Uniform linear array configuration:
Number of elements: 48
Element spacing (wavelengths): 0.75
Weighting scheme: cosine
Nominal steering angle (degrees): -30
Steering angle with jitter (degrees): -28.441
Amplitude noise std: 0.05
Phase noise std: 0.05

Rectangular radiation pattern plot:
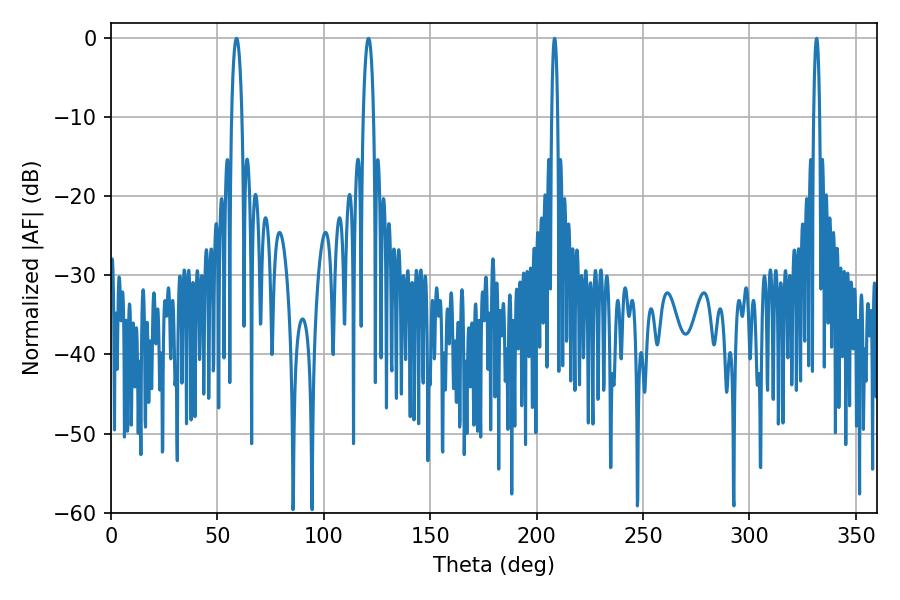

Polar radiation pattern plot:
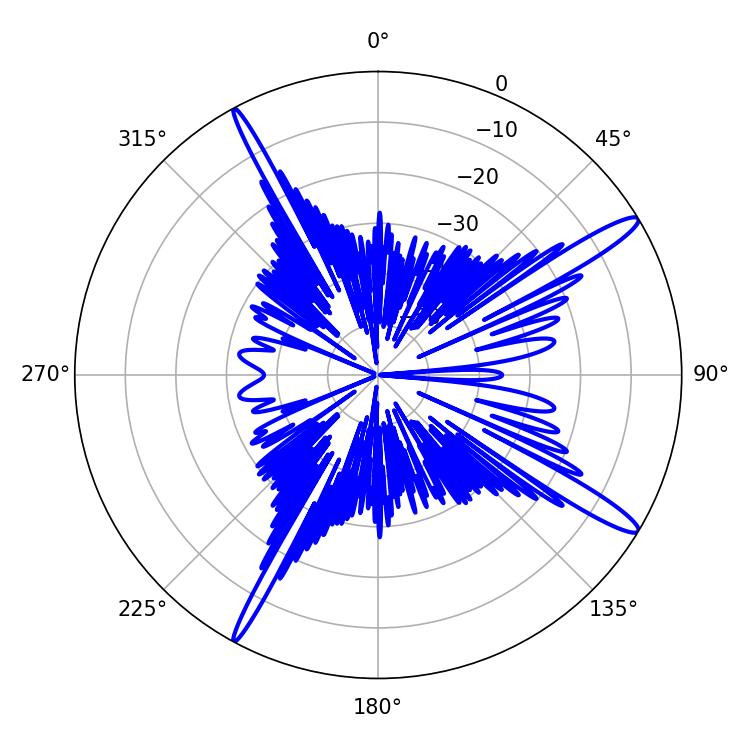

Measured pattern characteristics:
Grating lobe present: TRUE
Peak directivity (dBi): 15.021
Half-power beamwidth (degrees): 1.44
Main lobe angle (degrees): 208.44